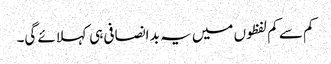
کم سے کم لفظوں میں یہ بد انصافی ہی کہلائے گی۔